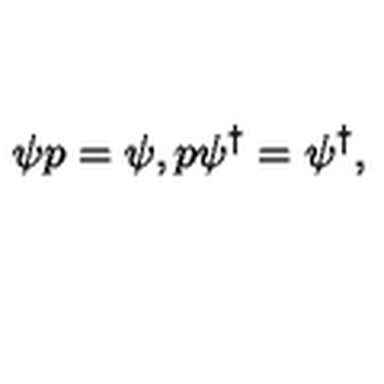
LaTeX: \psi p = \psi , p \psi ^ { \dagger } = \psi ^ { \dagger } ,